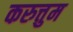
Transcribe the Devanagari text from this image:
करुत्तुम